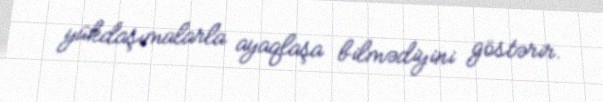
yükdaşımalarla ayaqlaşa bilmədiyini göstərir.